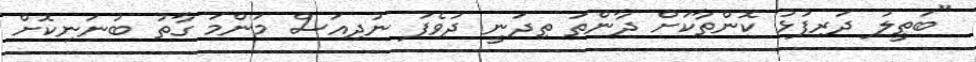
"ބަތީލު ދަރިފުޅު ކޮންތާކަށް ދާންތަ ތިދަނީ ދުވެފަ ނުދިއަސް މަންމަ ގާތު ބުނަނިކޮށް